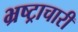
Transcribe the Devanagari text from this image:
भ्रष्ट्राचारी